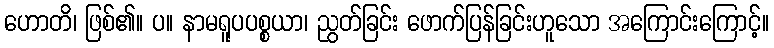
ဟောတိ၊ ဖြစ်၏။ ပ။ နာမရူပပစ္စယာ၊ ညွတ်ခြင်း ဖောက်ပြန်ခြင်းဟူသော အကြောင်းကြောင့်။